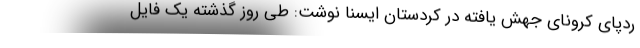
ردپای کرونای جهش یافته در کردستان ایسنا نوشت: طی روز گذشته یک فایل